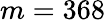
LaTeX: m=368